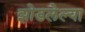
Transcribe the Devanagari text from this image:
झोडलेल्या